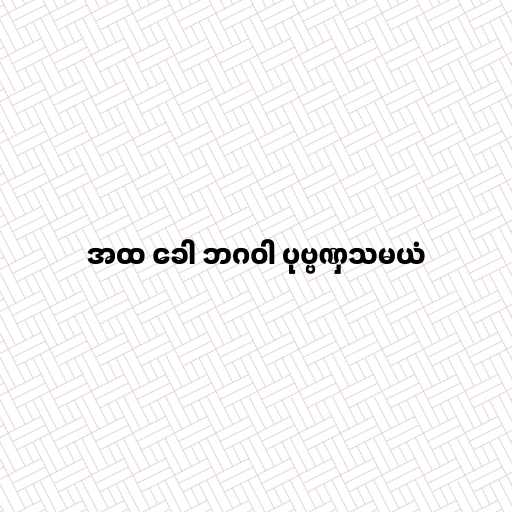
အထ ခေါ ဘဂဝါ ပုဗ္ဗဏှသမယံ